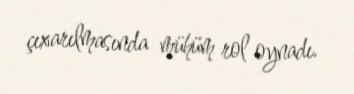
çıxarılmasında mühüm rol oynadı.